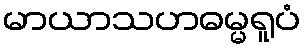
မာယာသဟဓမ္မရူပံ